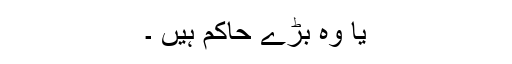
یا وہ بڑے حاکم ہیں ۔